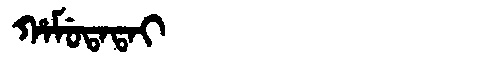
Manchu: ᡥᠠᠮᡠᡨᠠᡨᠠᡳ
Romanization: HAMUTATAI